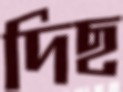
দিছ